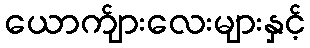
ယောက်ျားလေးများနှင့်